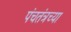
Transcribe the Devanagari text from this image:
पंचतंत्रच्या